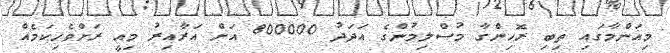
މިއަންމާގައި ތިބި ރޮހިންގާ މުސްލިމުންގެ އަދަދު 800000 އަށް އަރާއިރު މިއީ ރަށްވެހިކަމެއް